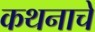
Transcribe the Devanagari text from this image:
कथनाचे